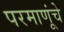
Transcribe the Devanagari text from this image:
परमाणूंचे